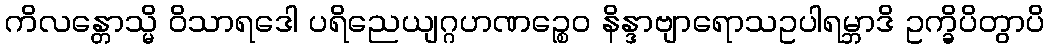
ကိလန္တောသ္မိ ဝိသာရဒေါ ပရိညေယျဂ္ဂဟဏဉ္စေဝ နိန္ဒာဗျာရောသဥပါရမ္ဘာဒိ ဥက္ခိပိတွာပိ